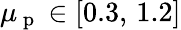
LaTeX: \mu_{\mathrm{~p~}}\in[0.3,\, 1.2]